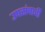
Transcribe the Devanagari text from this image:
उपसंचाची